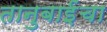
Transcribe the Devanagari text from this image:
तानुबाईंचा